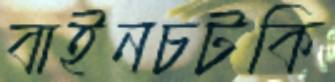
বাইনচটকি